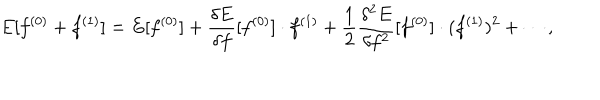
E [ f ^ { ( 0 ) } + f ^ { ( 1 ) } ] = E [ f ^ { ( 0 ) } ] + \frac { \delta E } { \delta f } [ f ^ { ( 0 ) } ] \cdot f ^ { ( 1 ) } + \frac { 1 } { 2 } \frac { \delta ^ { 2 } E } { \delta f ^ { 2 } } [ f ^ { ( 0 ) } ] \cdot ( f ^ { ( 1 ) } ) ^ { 2 } + \cdots ,